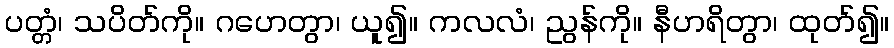
ပတ္တံ၊ သပိတ်ကို။ ဂဟေတွာ၊ ယူ၍။ ကလလံ၊ ညွန်ကို။ နီဟရိတွာ၊ ထုတ်၍။